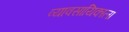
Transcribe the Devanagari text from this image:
व्यावसायिकाला